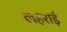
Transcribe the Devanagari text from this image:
लहराई